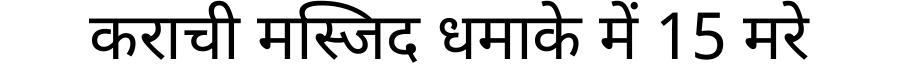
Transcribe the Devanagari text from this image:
कराची मस्जिद धमाके में 15 मरे